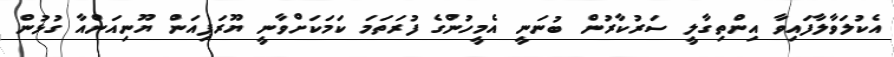
އެކުލަވާލާފައިވާ އިންތިގާލީ ސަރުކާރުން ބުނަނީ އެމީހުންގެ ފުރަތަމަ ކަމަކަށްވާނީ ޔޫރަޕިއަން ޔޫނިއަންއާ ގުޅުން